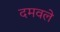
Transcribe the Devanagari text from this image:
दमवले